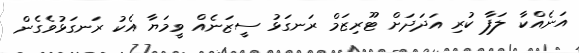
އަނެއްކާ ލަފާ ކުރި އަދަދަށް ޓޫރިޒަމް ރަނގަޅު ސީޒަނެއް ވީމަޔާ އެކު ރަނގަޅުވެގެން